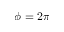
\phi = 2 \pi